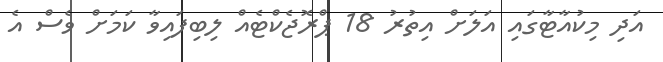
އަދި މިކުއާޓާގައި އަލަށް އިތުރު 18 ޕްރޮޖެކްޓެއް ލިބިފައިވާ ކަމަށް ވެސް އެ